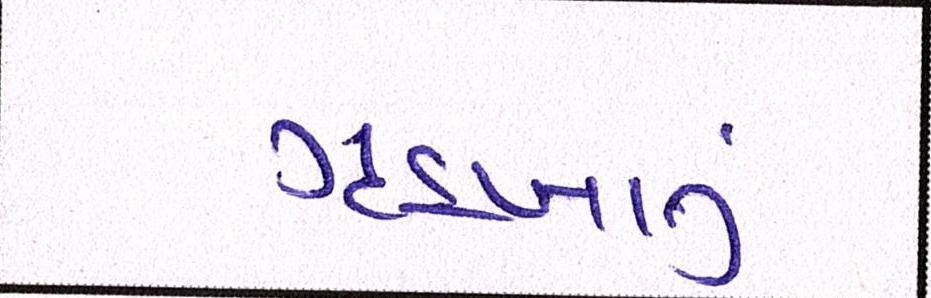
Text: ગૃહખાતું